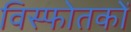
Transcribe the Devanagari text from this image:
विस्फोतकों